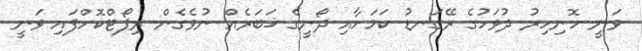
ވަނީ ހޮނިހިރު ދުވަހުގެ ރޭގަނޑު ކަމަށާއި ދޯނީގެ ޚަބަރެއް ނުވެގެން ރިޕޯޓްކޮށްފައި ވަނީ